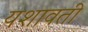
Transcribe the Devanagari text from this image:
यशावती